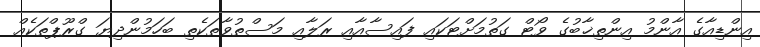
އިންޑިއާގެ އާންމު އިންތިޚާބުގެ ވޯޓް ގަތުމަށްޓަކައި ފައިސާއާއި ރަލާއި މަސްތުވާތަކެތި ބަހަމުންދިޔަ ގްރޫޕްތަކެއް